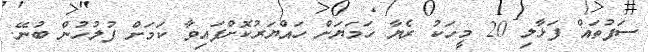
ސަފުތައް ފަޅާލި 20 މީހަކު ރެޔާ ހަމަޔަށް ހައްޔަރުކޮށްފައިވާ ކަމަށް ފުލުހުން ބުނޭ.